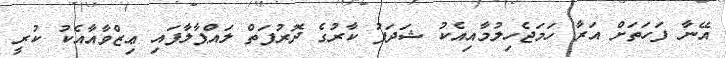
އޭނާ ފަހަތަށް އަރާ ހަމަޖެހިލުމާއިއެކު ޝަދަފު ކާރުގެ ދޮރުފަތް ލައްޕާލާފައި ޢިޒްވާއާއެކު ކުރީ